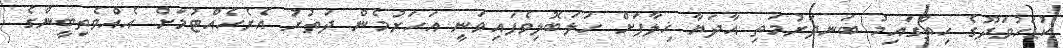
ކުޑަހުވަދޫގެ ހިތްގައިމު ބަނދަރުމަތި އާދަޔާ ޚިލާފަށް ހަލަބޮލިވެފައިވަނީ އަހަރުމެން ދަތުރު އެރެހެއްޓުމަށް އެއްވެތިބީންގެ